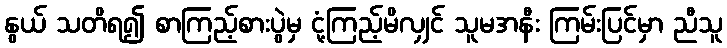
နွယ် သတိရ၍ စာကြည့်စားပွဲမှ ငုံ့ကြည့်မိလျှင် သူမအနီး ကြမ်းပြင်မှာ ညီသူ